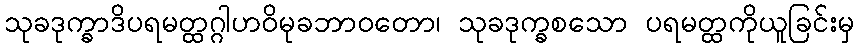
သုခဒုက္ခာဒိပရမတ္ထဂ္ဂါဟဝိမုခဘာဝတော၊ သုခဒုက္ခစသော ပရမတ္ထကိုယူခြင်းမှ